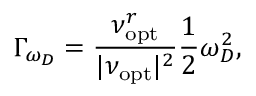
\Gamma _ { \omega _ { D } } = \frac { \nu _ { \mathrm { o p t } } ^ { r } } { | \nu _ { \mathrm { o p t } } | ^ { 2 } } \frac { 1 } { 2 } \omega _ { D } ^ { 2 } ,